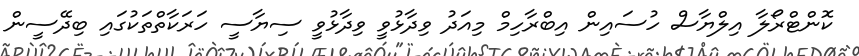
ކޮންޓްރޯލާ އިލްޔާސް ހުސައިން އިބްރާހިމް މިއަދު ވިދާޅުވީ ވިދާޅުވީ ސިޔާސީ ހަރަކާތްތަކުގައި ބިދޭސީން